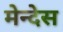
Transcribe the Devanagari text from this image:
मेन्देस